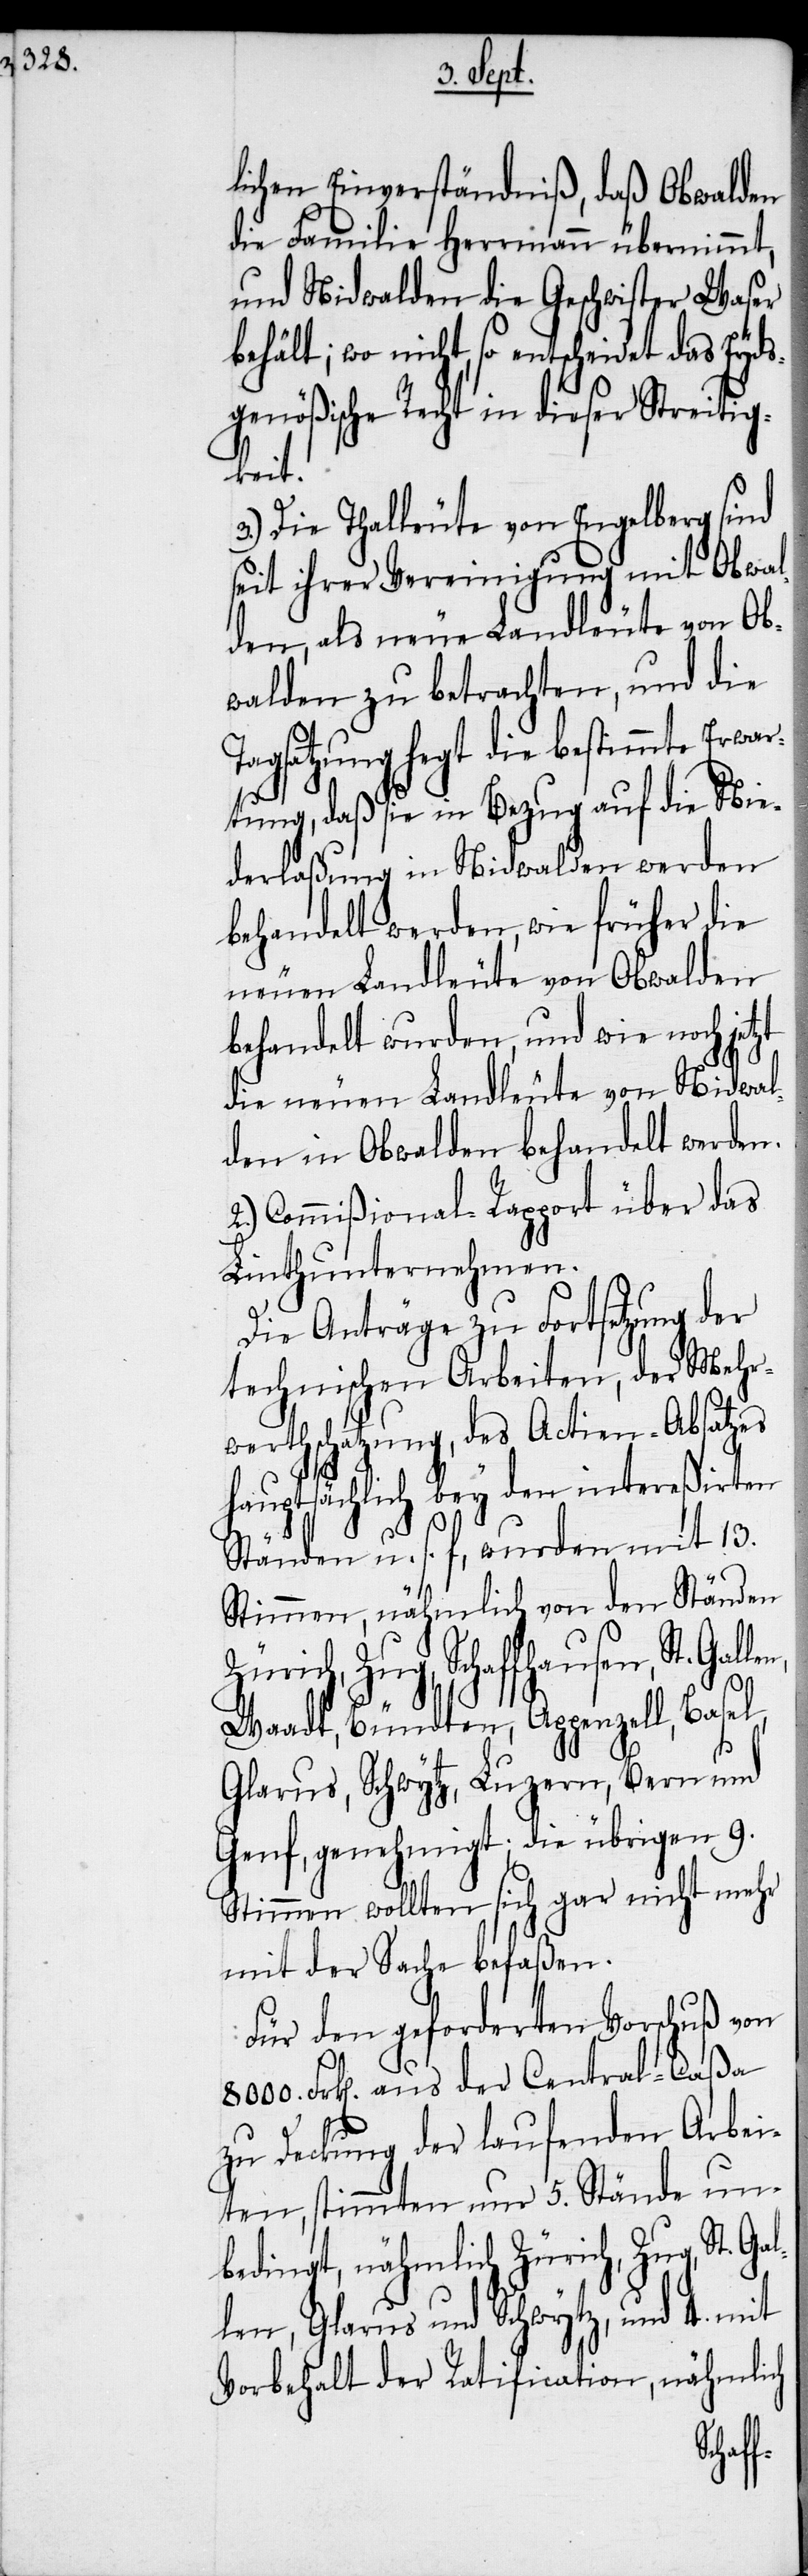
lichen Einverständniß, daß Obwalden
die Familie Herrmann übernimmt,
und Nidwalden die Geschwister Waser
behält; wo nicht, so entscheidet das Eyds¬
genößische Recht in dieser Streitig¬
len,
3.) Die Thalleute von Engelberg sind
seit ihrer Vereinigung mit Obwal¬
den, als neue Landleute von Ob¬
walden zu betrachten, und die
Tagsatzung hegt die bestimmte Erw¬
artung, daß sie in Bezug auf die Nie¬
derlaßung in Nidwalden werden
behandelt werden, wie früher die
neuen Landleute von Obwalden
behandelt wurden, und wie noch jetzt
die neuen Landleute von Nidwal¬
den in Obwalden behandelt werden.
2.) Commißional-Rapport über das
Linthunternehmen.
Die Anträge zu Fortsetzung der
technischen Arbeiten, der Mehr¬
werthschatzung, des Actien-Absatzes
hauptsächlich bey den intereßirten
Stände u. s. f, wurden mit 13.
Stimmen, nähmlich von den Ständen
Zug, Schaffhausen, St. Gal¬
Waadt, Bündten, Appenzell, Basel,
Glarus, Schwytz, Luzern, Bern und
Genf, genehmigt; die übrigen 9.
Stimmen wollten sich gar nicht mehr
mit der Sache befaßen.
Für den geforderten Vorschuß von
l¬
8000. Frk[en]. aus der Central-Caßa
zu Deckung der laufenden Arbei¬
ten, stimmten nur 5. Stände un¬
bedingt, nähmlich Zürich, Zug, St. Ga¬
len, Glarus und Schwytz, und 4. mit
Vorbehalt der Ratification, nähmlich